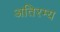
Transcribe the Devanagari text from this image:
अतिरम्य